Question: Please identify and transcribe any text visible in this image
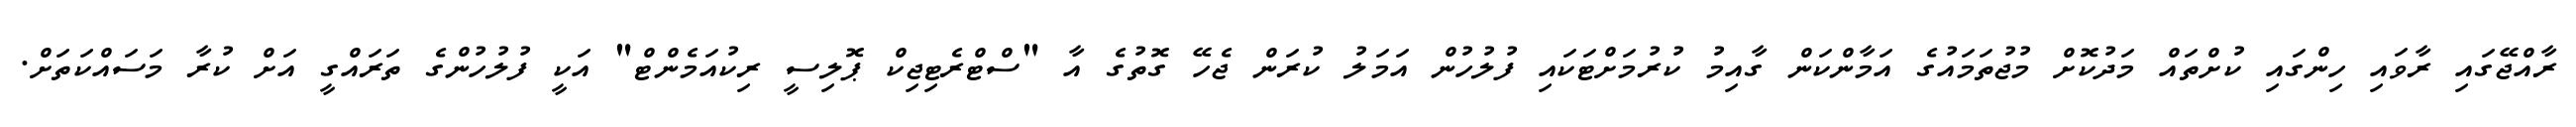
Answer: ރާއްޖޭގައި ރާވައި ހިންގައި ކުށްތައް މަދުކޮށް މުޖުތަމައުގެ އަމާންކަން ގާއިމު ކުރުމަށްޓަކައި ފުލުހުން އަމަލު ކުރަން ޖެހޭ ގޮތުގެ އާ "ސްޓްރެޓިޖިކް ޕޮލިސީ ރިކުއަމެންޓް" އަކީ ފުލުހުންގެ ތަރައްގީ އަށް ކުރާ މަސައްކަތަށް.